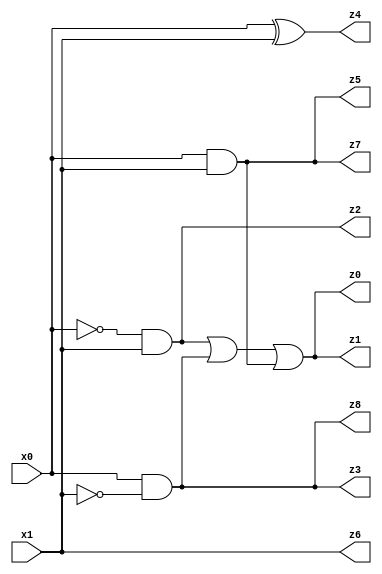
// Benchmark "X_34" written by ABC on Mon Jun 05 23:55:35 2023

module X_34 ( 
    x0, x1,
    z0, z1, z2, z3, z4, z5, z6, z7, z8  );
  input  x0, x1;
  output z0, z1, z2, z3, z4, z5, z6, z7, z8;
  assign z0 = (~x0 & x1) | (x0 & ~x1) | (x0 & x1);
  assign z1 = (~x0 & x1) | (x0 & ~x1) | (x0 & x1);
  assign z2 = ~x0 & x1;
  assign z3 = x0 & ~x1;
  assign z4 = x0 ^ x1;
  assign z5 = x0 & x1;
  assign z6 = x0 ? x1 : x1;
  assign z7 = x0 & x1;
  assign z8 = x0 & ~x1;
endmodule